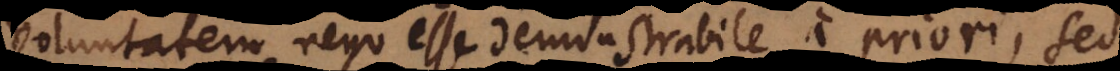
voluntatem, nego esse demonstrabile a priori, sed